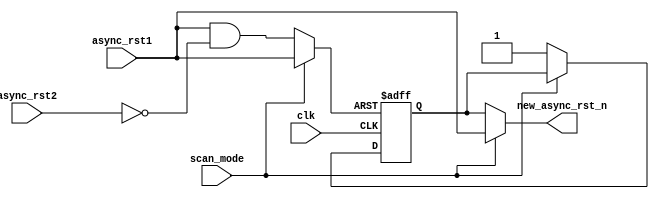
// ---------------------------------------------------------------------
//
//  ------------------------------------------------------------------------
//
//                    (C) COPYRIGHT 2002 - 2016 SYNOPSYS, INC.
//                            ALL RIGHTS RESERVED
//
//  This software and the associated documentation are confidential and
//  proprietary to Synopsys, Inc.  Your use or disclosure of this
//  software is subject to the terms and conditions of a written
//  license agreement between you, or your company, and Synopsys, Inc.
//
// The entire notice above must be reproduced on all authorized copies.
//
//  ------------------------------------------------------------------------

// 
// Release version :  4.01a
// File Version     :        $Revision: #8 $ 
// Revision: $Id: //dwh/DW_ocb/DW_apb_uart/amba_dev/src/DW_apb_async_rst_gen.v#8 $ 
//
//
//
// Abstract     :               Level Synchronization module
//
//
// ---------------------------------------------------------------------
// ---------------------------------------------------------------------

module i_uart_DW_apb_async_rst_gen
  (
   // Inputs
   clk,
   async_rst1,
   async_rst2,
   scan_mode,
                  
   // Outputs
   new_async_rst_n
   );

   // -----------------------------------------------------------
   // -- Asynchronous reset polarity parameters
   // -----------------------------------------------------------

   input                         clk;                 // clock
   input                         async_rst1;          // async reset 1
   input                         async_rst2;          // async reset 2
   input                         scan_mode;           // scan mode signal
   
   output                        new_async_rst_n;     // new async active
                                                      // low reset

   wire                          new_async_rst_n;     // new async active
                                                      // low reset
   wire                          async_rst_n;         // async active
                                                      // low reset
   wire                          int_async_rst1;      // internal async_rst1
   wire                          int_async_rst2;      // internal async_rst2
   wire                          int_new_async_rst_n; // internal
                                                      // new_async_rst_n

   reg                           pre_new_async_rst_n; // asynchronous reset
   wire                          pre_new_async_rst_n_int; // asynchronous reset

   // New asynchronous active low reset
   assign new_async_rst_n = scan_mode ? int_async_rst1 : int_new_async_rst_n;
   
   // When the async_rst_n signal is asserted (low) the register will
   // be reset and the active low new asynchronous reset signal will
   // get asserted (asynchronously) and will be removed synchronously
   // in relation to the specified clock on the next rising edge.
   // As this reset is driven by the output of a register it must have
   // the ability to be controlled, this is done using the scan mode 
   // signal

   always @(posedge clk or negedge async_rst_n)
     begin : int_new_async_rst_PROC
       if(async_rst_n == 1'b0)
         begin
           pre_new_async_rst_n <= 1'b0;
         end
       else
         begin
           if(scan_mode)
             begin
               pre_new_async_rst_n <= pre_new_async_rst_n_int;
             end
           else
             begin
               pre_new_async_rst_n <= 1'b1;
             end
         end
     end // block: int_new_async_rst_n_PROC

   assign int_new_async_rst_n = pre_new_async_rst_n;
   assign pre_new_async_rst_n_int = pre_new_async_rst_n;

   // The active low asynchronous reset for the reset register
   // is asserted (low) when the internal async_rst1 signal
   // or internal async_rst2 signal is asserted (low)
   assign async_rst_n = scan_mode ? int_async_rst1 : int_async_rst1 & int_async_rst2;

   // Polarity assignment for asynchronous reset inputs
   assign int_async_rst1 = async_rst1;
   assign int_async_rst2 = (~async_rst2);


endmodule // DW_apb_async_rst_gen